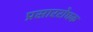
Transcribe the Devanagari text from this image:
प्रसाररोधक